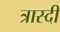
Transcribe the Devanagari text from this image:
त्रास्दी